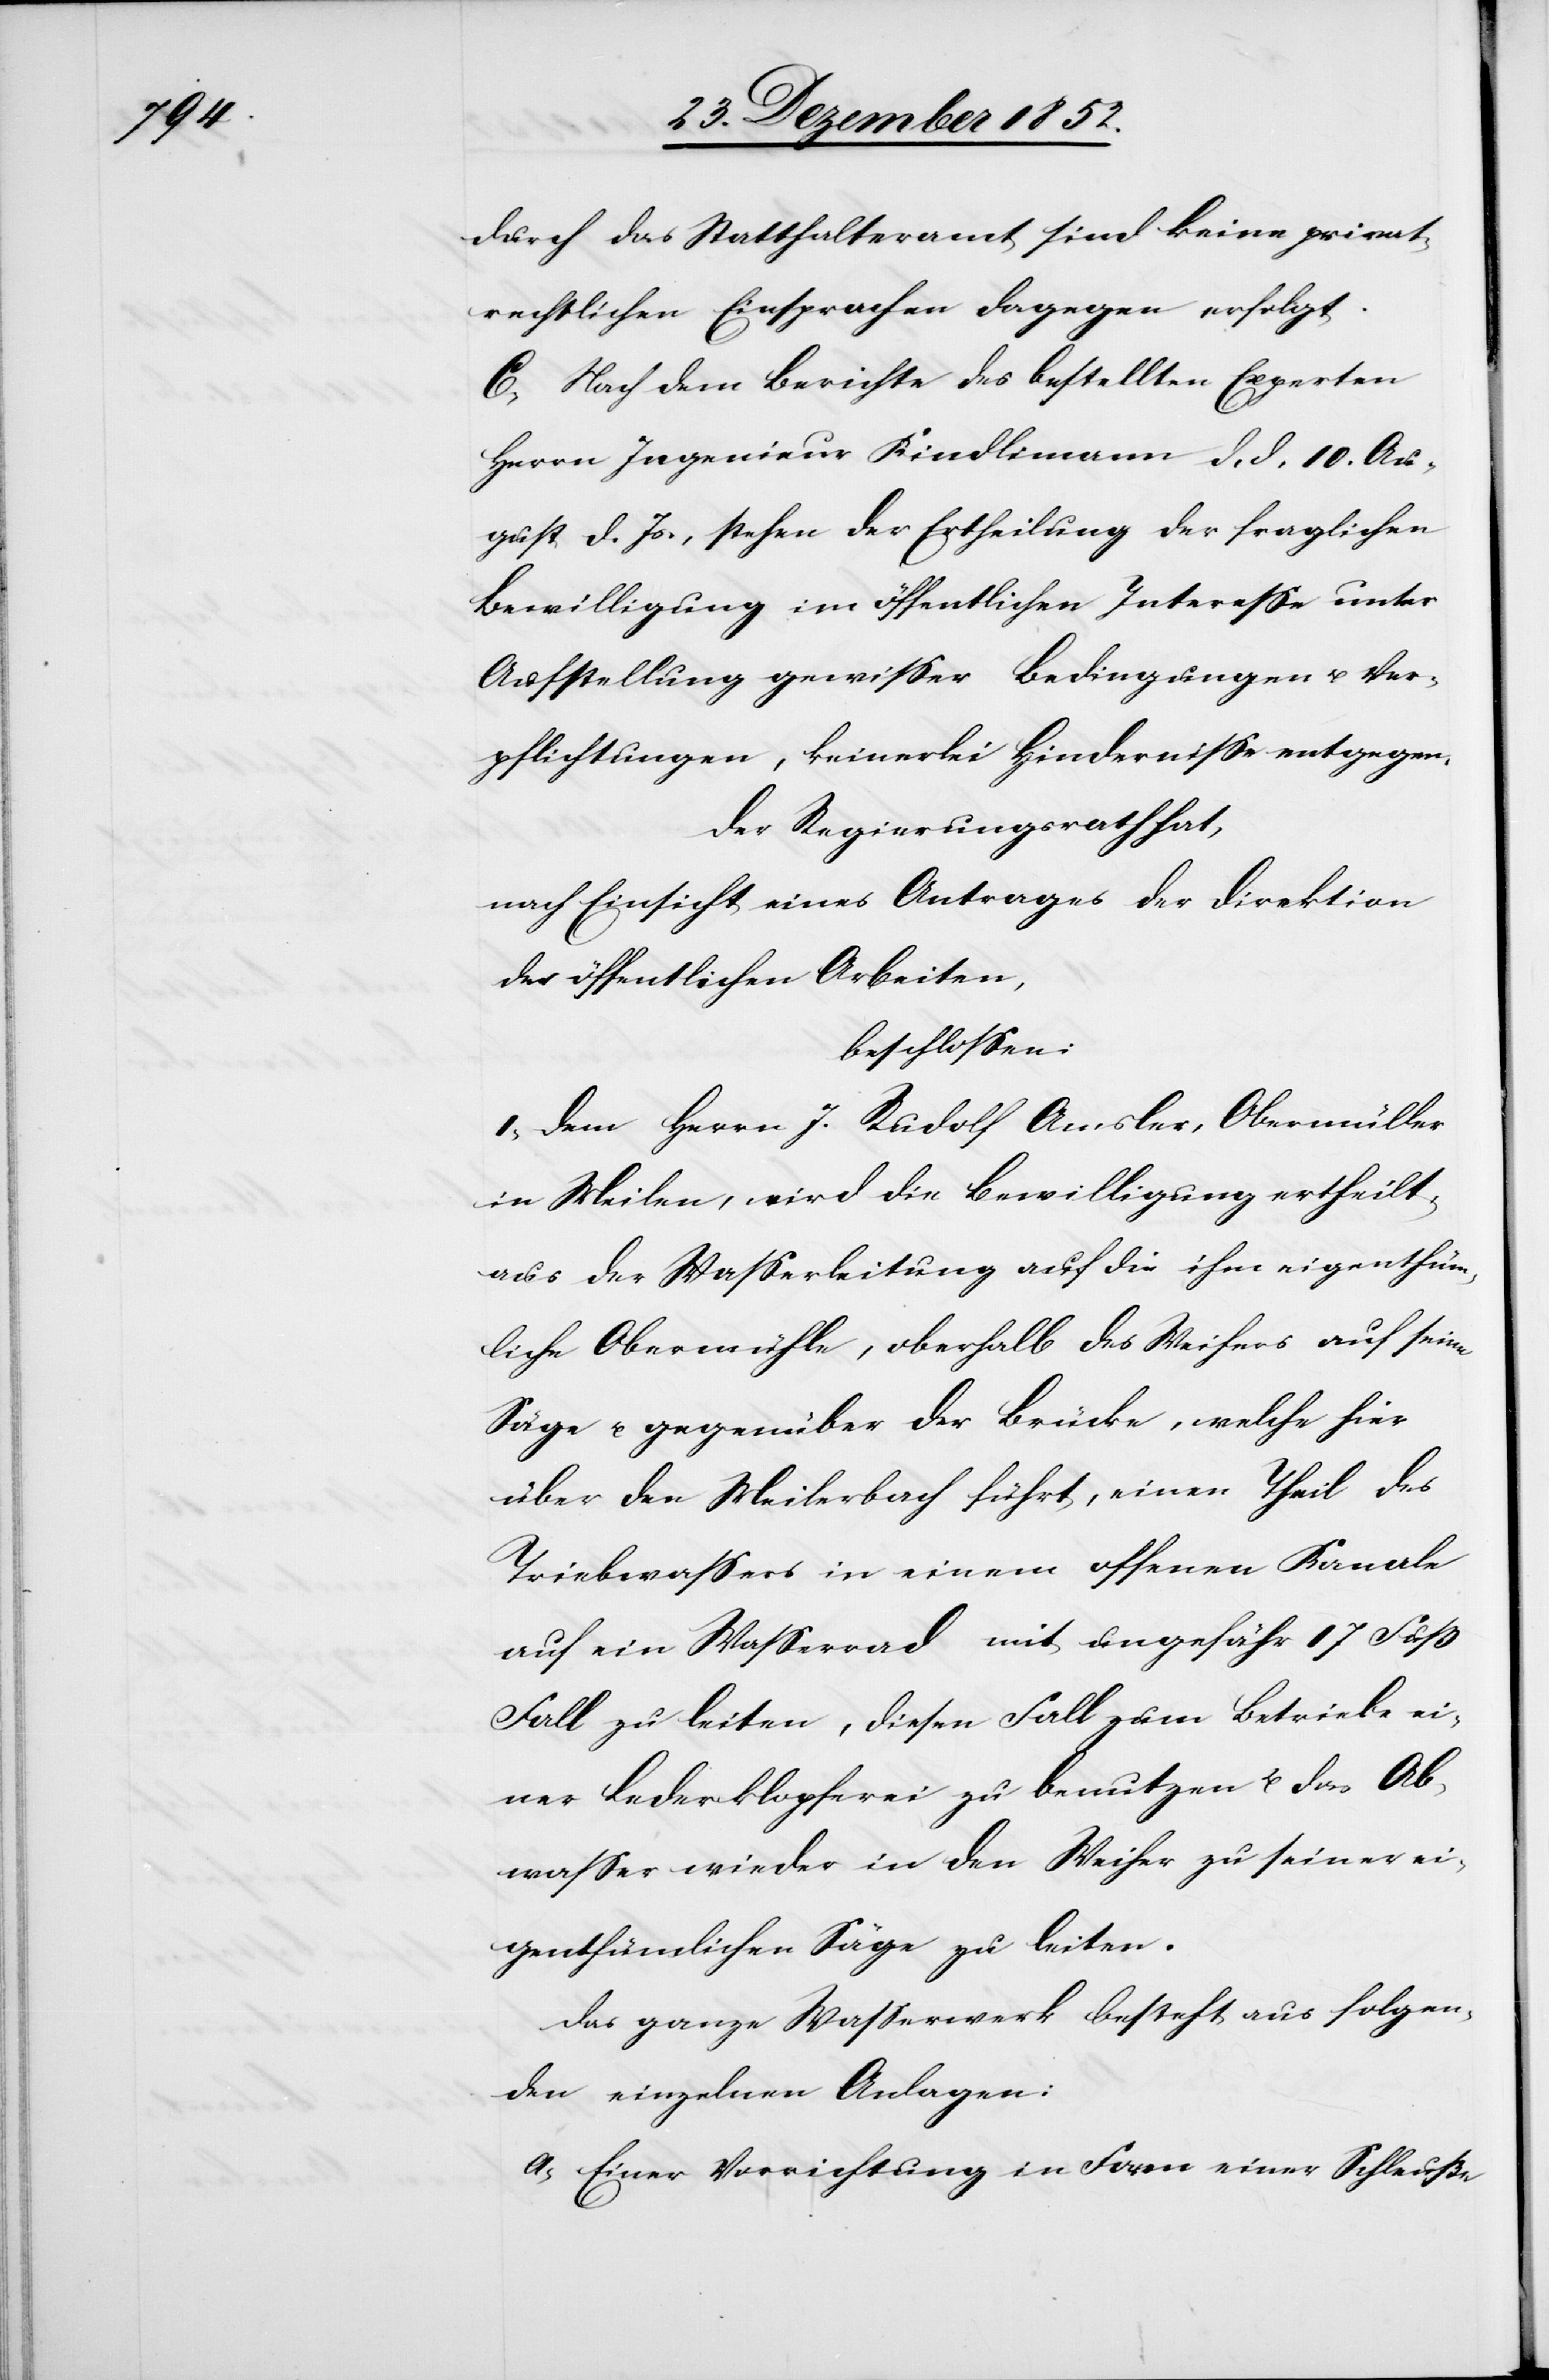
durch das Statthalteramt sind keine privat¬
rechtlichen Einsprachen dagegen erfolgt.
C, Nach dem Berichte des bestellten Experten
Herrn Ingenieur Kindlimann d. d. 10. Au¬
gust d. Js., stehen der Ertheilung der fraglichen
Bewilligung im öffentlichen Interesse unter
Aufstellung gewisser Bedingungen u. Ver¬
pflichtungen, keinerlei Hindernisse entgegen.
Der Regierungsrath hat,
nach Einsicht eines Antrages der Direktion
der öffentlichen Arbeiten,
beschlossen:
I, Dem Herrn J. Rudolf Amsler, Obermüller
in Meilen, wird die Bewilligung ertheilt,
aus der Wasserleitung auf die ihm eigenthüm¬
liche Obermühle, oberhalb des Weihers auf seine
Säge u. gegenüber der Brücke, welche hier
über den Meilerbach führt, einen Theil des
Triebwassers in einem offenen Kanale
auf ein Wasserrad mit ungefähr 17 Fuß
Fall zu leiten, diesen Fall zum Betriebe ei¬
ner Lederklopferei zu benutzen u. das Ab¬
wasser wieder in den Weiher zu seiner ei¬
genthümlichen Säge zu leiten.
Das ganze Wasserwerk besteht aus folgen¬
den einzelnen Anlagen:
a, Einer Vorrichtung in Form einer Schleuße